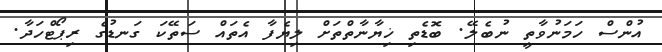
އުންސް ހަމަނުވާތީ ނުބެލޭ. ބޮޑެތި ޚިޔާނާތްތަށް ލިޔެފާ އެތައް ސަތޭކަ ގަނޑުގެ ރިޕޯޓްހަދާ.